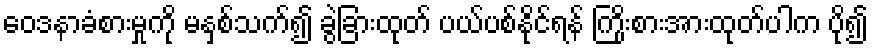
ဝေဒနာခံစားမှုကို မနှစ်သက်၍ ခွဲခြားထုတ် ပယ်ပစ်နိုင်ရန် ကြိုးစားအားထုတ်ပါက ပို၍